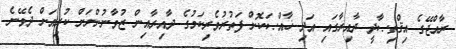
ރާއްޖޭގެ އިޤްތިޞާދީ ދާއިރާގައި އަދި ޚާއްޞަކޮށް ފަތުރުވެރިކަމުގެ ދާއިރާއިން ޒުވާނުންނަށް ކުރިއަށް ދެވޭނެ